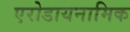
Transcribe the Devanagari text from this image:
एरोडायनामिक